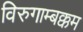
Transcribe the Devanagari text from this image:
विरुगाम्बक्कम